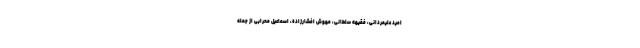
امید علیمردانی، فقیهه سلطانی، مهوش افشارزاده، اسماعیل محرابی از جمله